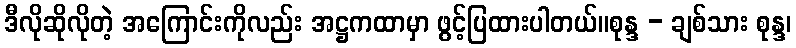
ဒီလိုဆိုလိုတဲ့ အကြောင်းကိုလည်း အဋ္ဌကထာမှာ ဖွင့်ပြထားပါတယ်။စုန္ဒ - ချစ်သား စုန္ဒ၊